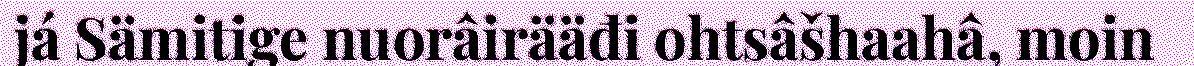
já Sämitige nuorâirääđi ohtsâšhaahâ, moin